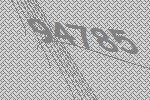
94785